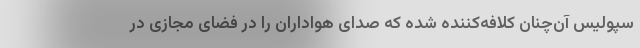
سپولیس آن‌چنان کلافه‌کننده شده که صدای هواداران را در فضای مجازی در